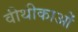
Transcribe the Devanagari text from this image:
वीथीकाओं